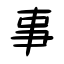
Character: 事